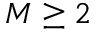
M \geq 2